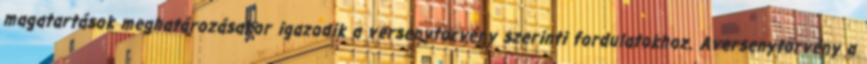
magatartások meghatározásakor igazodik a versenytörvény szerinti fordulatokhoz. Aversenytörvény a